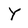
Character: Y